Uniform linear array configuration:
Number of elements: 32
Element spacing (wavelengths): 0.5
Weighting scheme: cosine
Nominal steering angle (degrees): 0
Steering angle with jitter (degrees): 1.745
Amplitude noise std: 0.05
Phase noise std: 0.05

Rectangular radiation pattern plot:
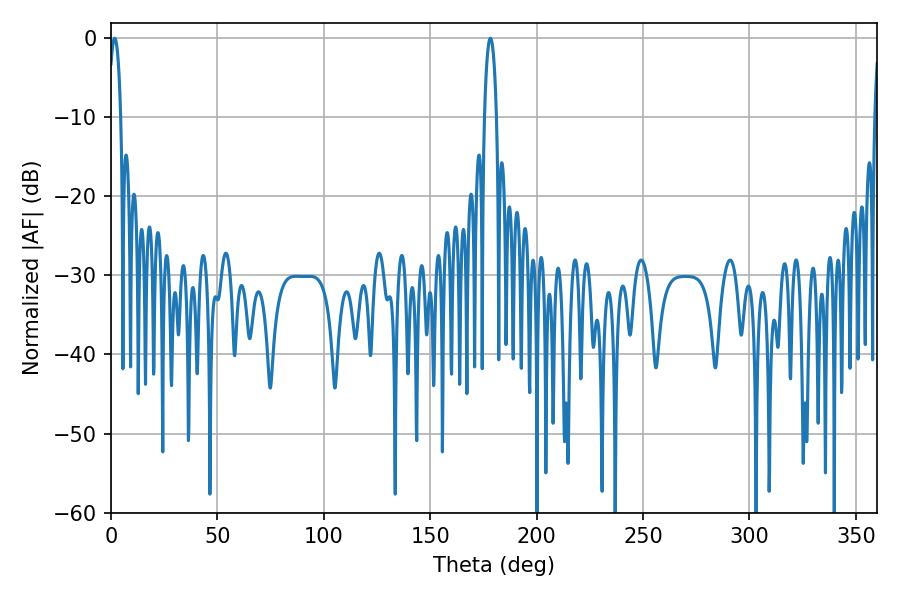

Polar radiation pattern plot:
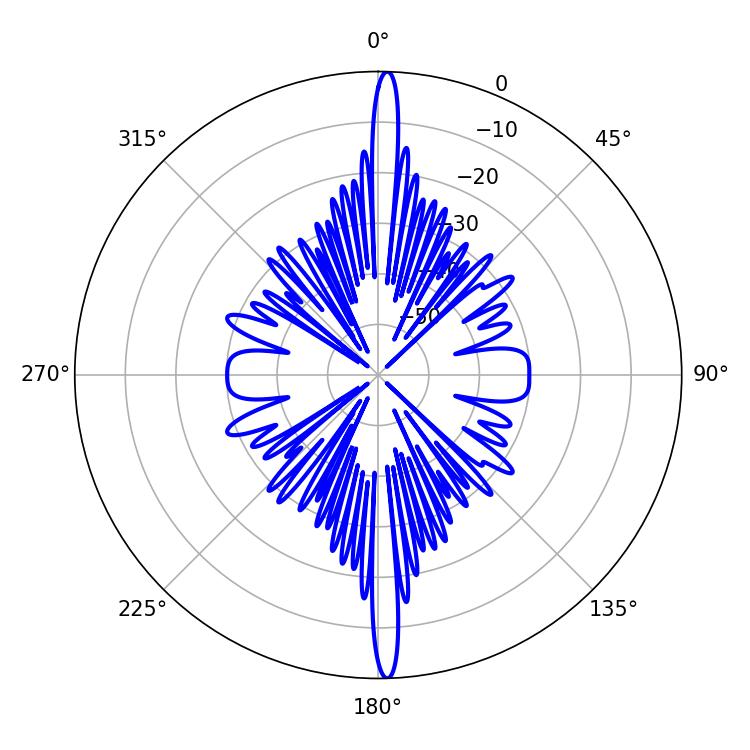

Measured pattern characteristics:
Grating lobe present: FALSE
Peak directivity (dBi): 27.092
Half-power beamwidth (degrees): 3.06
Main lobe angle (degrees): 1.8